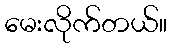
မေးလိုက်တယ်။